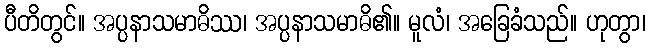
ပီတိတွင်။ အပ္ပနာသမာဓိဿ၊ အပ္ပနာသမာဓိ၏။ မူလံ၊ အခြေခံသည်။ ဟုတွာ၊